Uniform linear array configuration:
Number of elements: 64
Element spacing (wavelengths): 1
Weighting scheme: cosine
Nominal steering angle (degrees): -45
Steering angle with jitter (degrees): -43.754
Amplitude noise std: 0.05
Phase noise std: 0.05

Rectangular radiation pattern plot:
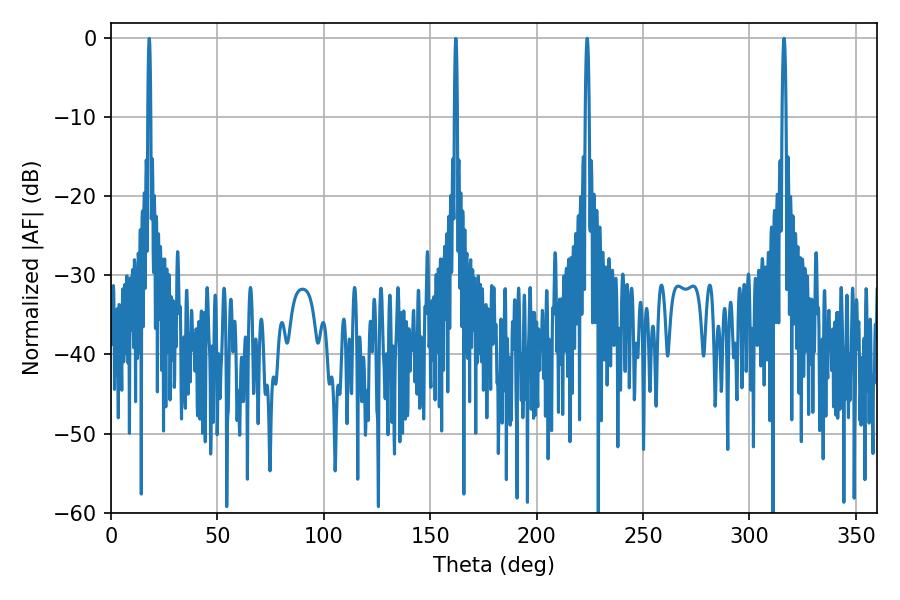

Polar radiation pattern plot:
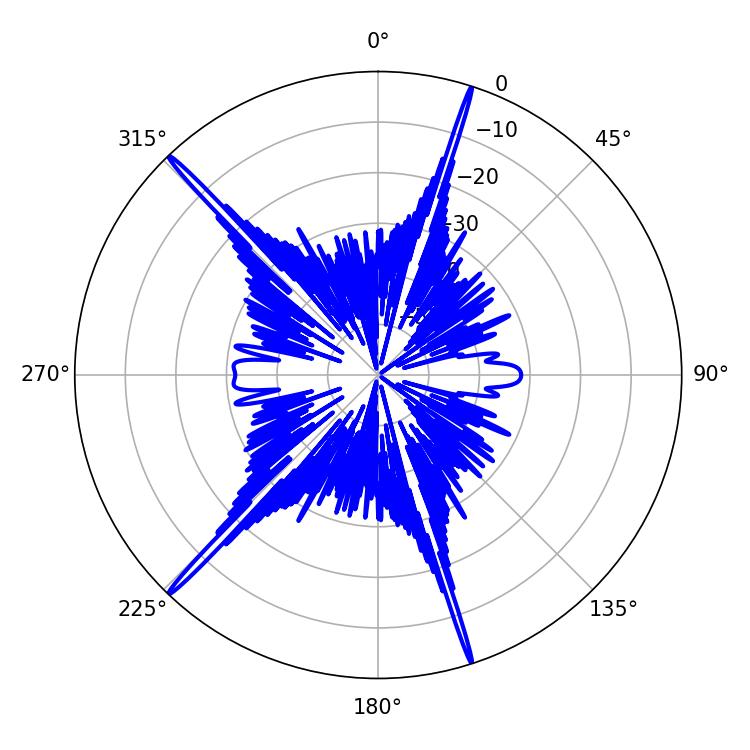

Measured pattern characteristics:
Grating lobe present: TRUE
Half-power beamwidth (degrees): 1.08
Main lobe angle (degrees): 223.74